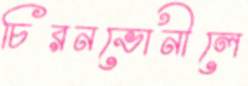
চিরনভোনীলে